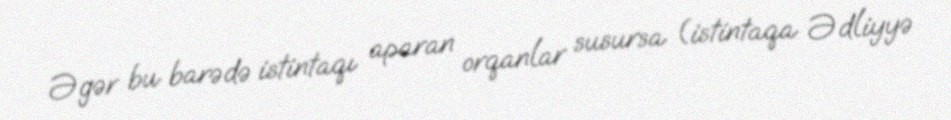
Əgər bu barədə istintaqı aparan orqanlar susursa (istintaqa Ədliyyə